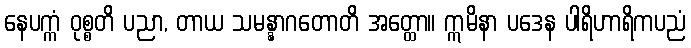
နေပက္ကံ ဝုစ္စတိ ပညာ, တာယ သမန္နာဂတောတိ အတ္ထော။ ဣမိနာ ပဒေန ပါရိဟာရိကပညံ